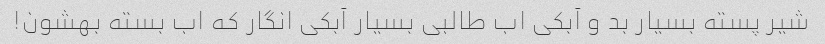
شیر پسته بسیار بد و آبکی اب طالبی بسیار آبکی انگار که اب بسته بهشون!